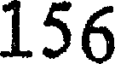
156